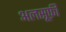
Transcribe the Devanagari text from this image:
अलसूफ़ी